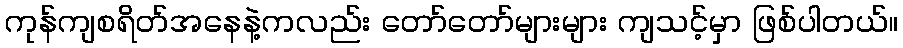
ကုန်ကျစရိတ်အနေနဲ့ကလည်း တော်တော်များများ ကျသင့်မှာ ဖြစ်ပါတယ်။